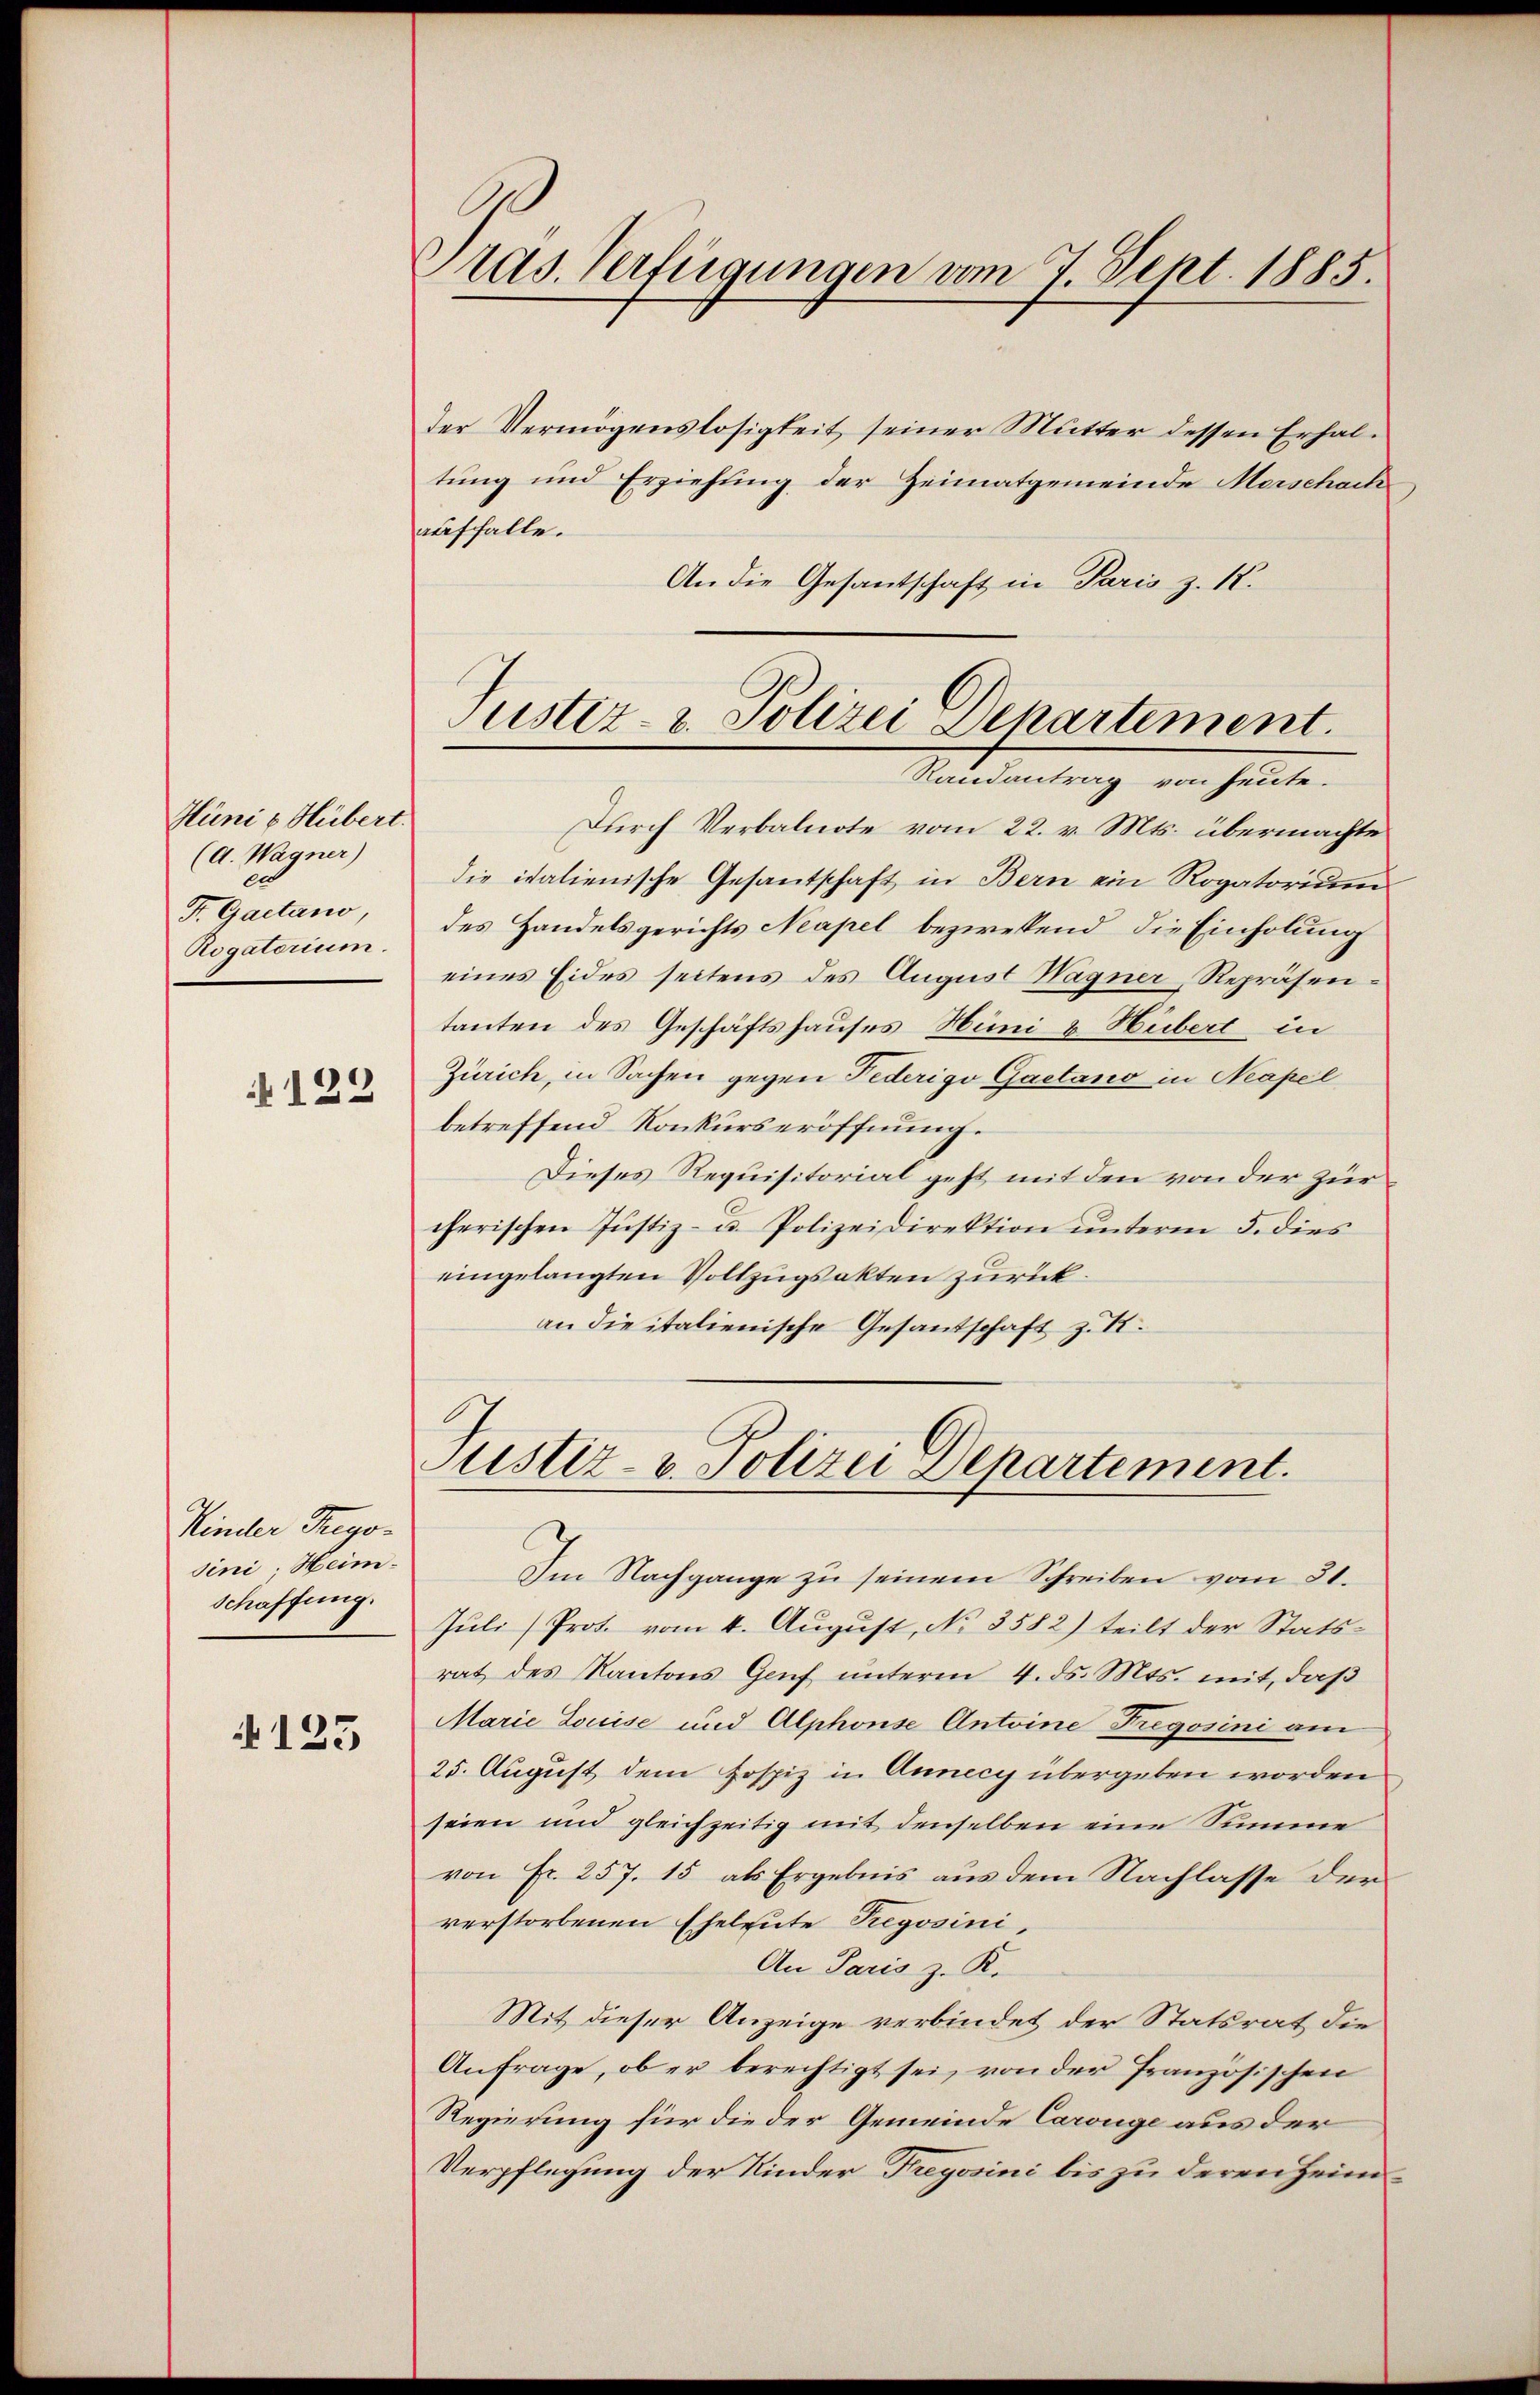
Hüni & Hübert.
(d. Wagner)
ce
F. Gaetano,
Rogatorium.
122

Kinder Freyo-
sini. Heim.
Schaffung.

125

ras. Verfügungen vom 7. Sept. 1885.

der Vermögenslosigkeit seiner Mutter dessen Erhaltung und Erziehung der Heimatgemeinde Morschach
auffalle.
An die Gesantschaft in Paris z. 18.
Durch Verbalnote vom 22. v. Mts. übermachte
die italienische Gesantschaft in Bern ein Rogatorium
des Handelsgerichts Neapel bezwekend die Einholung
eines Eides seitens des August Wagner, Repräsentanten des Geschäftshauses Hüni & Hübert in
Zürich, in Sachen gegen Federigo Gaetano in Neapel
betreffend Konkurseröffnung.
Dieses Requisitorial geht mit den von der zur
cherischen Justiz- u. Polizeidirektion ŭnterm 5. dies
eingelangten Vollzugsakten zurück.
an die italienische Gesandschaft z. R.

Justiz- & Polizei Departement.
Randantrag von heute.

Justiz- & Polizei Departement.
Im Nachgange zu seinem Schreiben vom 31.

Juli Prot. vom 4. August, No 3582) teilt der Statsrat des Kantons Genf unterm 4. ds. Mts. mit, daß
Marie Louise und Alphonse Antoine Fregosini am
25. August dem Hospiz in Annecy übergeben worden
seien und gleichzeitig mit denselben eine Summe
von Fr. 257. 15 als Ergebnis aus dem Nachlasse der
verstorbenen Eheleute Pregosini,
An Paris z. K.
Mit dieser Anzeige verbindet der Statsrat die
Anfrage, ob er berechtigt sei, von der französischen
Regierung für die der Gemeinde Carouge aus der
Verpflegung der Kinder Freyssini bis zu deren Heim¬